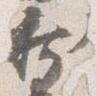
新